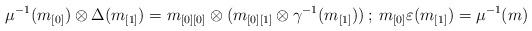
LaTeX: \begin{align*}\mu^{-1}(m_{[0]})\otimes \Delta(m_{[1]})=m_{[0][0]}\otimes(m_{[0][1]}\otimes \gamma^{-1}(m_{[1]}))\: ; \: m_{[0]}\varepsilon(m_{[1]})=\mu^{-1}(m)\end{align*}